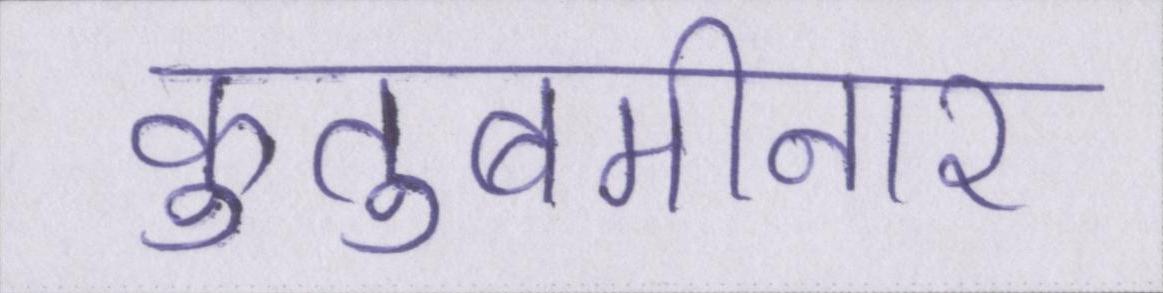
कुतुबमीनार